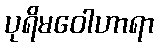
ပုရိမဝေါဟာရာ